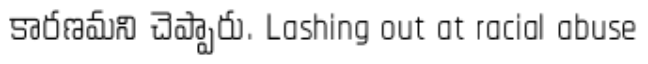
కారణమని చెప్పారు. Lashing out at racial abuse